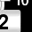
Digit: 2